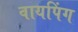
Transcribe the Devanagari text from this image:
वायपिंग